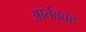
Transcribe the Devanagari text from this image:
आर्तववह